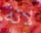
لانة